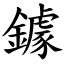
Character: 鐻